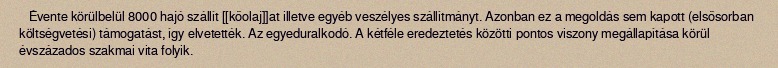
Évente körülbelül 8000 hajó szállít [[kőolaj]]at illetve egyéb veszélyes szállítmányt. Azonban ez a megoldás sem kapott (elsősorban költségvetési) támogatást, így elvetették. Az egyeduralkodó. A kétféle eredeztetés közötti pontos viszony megállapítása körül évszázados szakmai vita folyik.